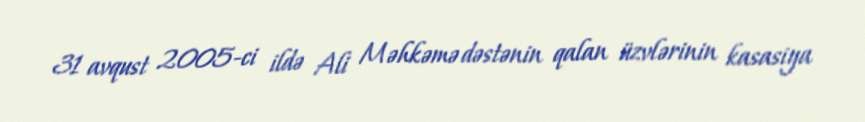
31 avqust 2005-ci ildə Ali Məhkəmə dəstənin qalan üzvlərinin kasasiya